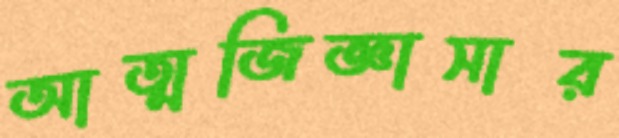
আত্মজিজ্ঞাসার